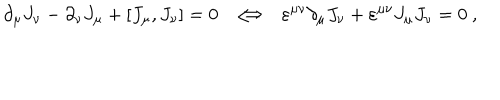
{ \partial } _ { \mu } J _ { \nu } - { \partial } _ { \nu } J _ { \mu } + [ J _ { \mu } , J _ { \nu } ] = 0 ~ ~ \Longleftrightarrow ~ ~ \varepsilon ^ { \mu \nu } { \partial } _ { \mu } J _ { \nu } + \varepsilon ^ { \mu \nu } J _ { \mu } J _ { \nu } = 0 ~ ,